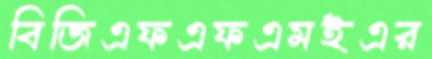
বিজিএফএফএমইএর